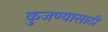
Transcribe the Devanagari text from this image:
कुजण्यासाठी